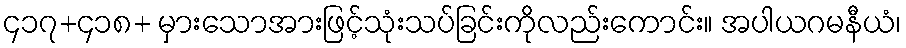
၄၁၇+၄၁၈+ မှားသောအားဖြင့်သုံးသပ်ခြင်းကိုလည်းကောင်း။ အပါယဂမနီယံ၊